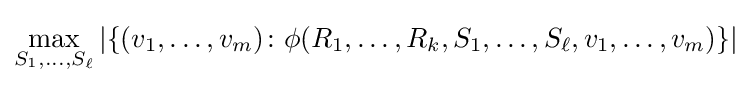
\max \limits _{S_{1},\dots ,S_{\ell }}|\{(v_{1},\dots ,v_{m})\colon \phi (R_{1},\dots ,R_{k},S_{1},\dots ,S_{\ell },v_{1},\dots ,v_{m})\}|